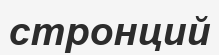
стронций